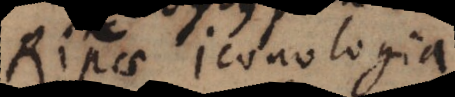
Ripae Iconologia.